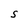
Character: S